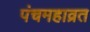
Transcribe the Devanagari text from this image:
पंचमहाव्रत